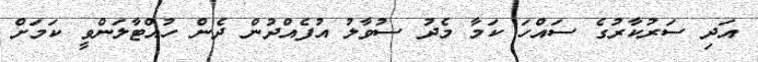
އަދި ސަރުކާރުގެ ސައްހަ ކަމާ މެދު ސުވާލު އުފެއްދުން ދެން ހުއްޓާލަންވީ ކަމަށް